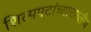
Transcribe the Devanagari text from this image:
शिल्पपटांच्याखालीच